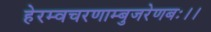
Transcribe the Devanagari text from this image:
हेरम्वचरणाम्बुजरेणबः।।